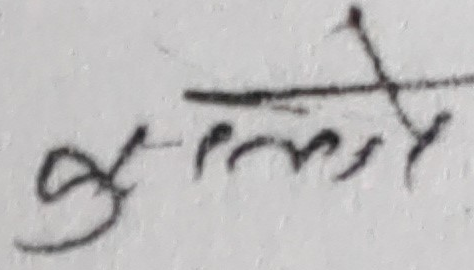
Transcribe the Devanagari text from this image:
कुलते